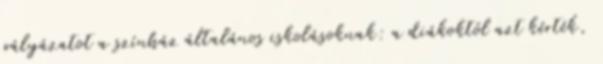
pályázatot a színház általános iskolásoknak: a diákoktól azt kérték,